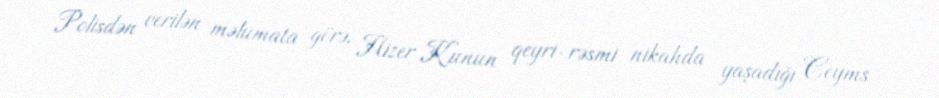
Polisdən verilən məlumata görə, Hizer Kunun qeyri-rəsmi nikahda yaşadığı Ceyms